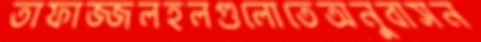
তাফাজ্জলহলগুলোতেঅনুবাসন